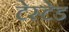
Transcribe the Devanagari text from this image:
टेस्टेड